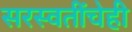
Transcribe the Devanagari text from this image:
सरस्वतींचेही